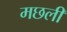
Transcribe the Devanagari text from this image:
मछलीं